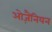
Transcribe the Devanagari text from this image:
ओज़ैनियन